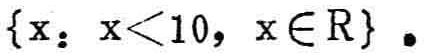
\(\{x: x<10, x\in\mathbb{R}\}\)